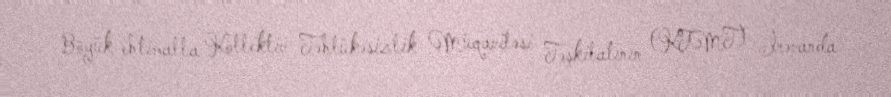
Böyük ehtimalla Kollektiv Təhlükəsizlik Müqaviləsi Təşkilatının (KTMT) İrəvanda